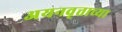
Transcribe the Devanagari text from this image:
अयनवृत्ताच्या